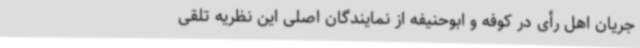
جریان اهل رأی در کوفه و ابوحنیفه از نمایندگان اصلی این نظریه تلقی